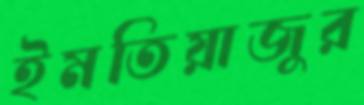
ইমতিয়াজুর